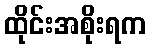
ထိုင်းအစိုးရက